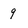
Character: 9